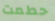
حطمت